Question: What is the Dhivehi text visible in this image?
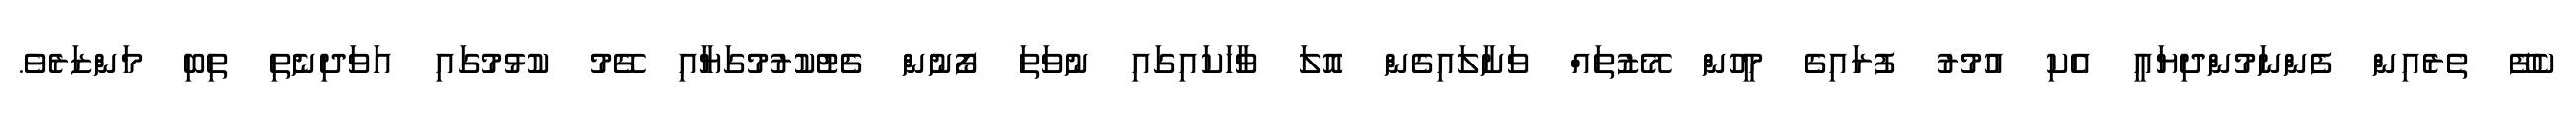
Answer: ކެފޭ ތެރެއިން ފެންނަމުންދިޔައީ އެކި އުމުރު ފުރައިގެ މީހުން މޭޒުތައް ވަށާލައިގެން އޮލަ ވާހަކައިގައި ނުވަތަ ފޯނުން ޗެޓުކުރުމުގަޔާއި ގޭމު ކުޅުމުގައި އަވަދިނެތި ތިބި މަންޒަރެވެ.